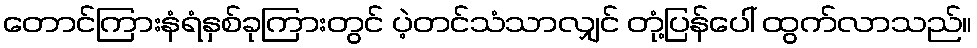
တောင်ကြားနံရံနှစ်ခုကြားတွင် ပဲ့တင်သံသာလျှင် တုံ့ပြန်ပေါ် ထွက်လာသည်။